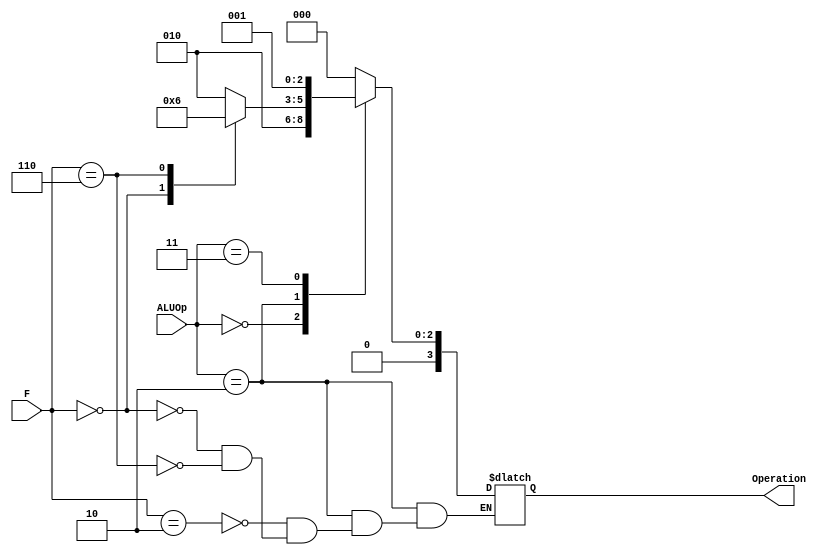
module ALU_control(ALUOp, F, Operation);

input [1:0] ALUOp;
input [5:0] F;
output reg [3:0] Operation;

always @ (*)
begin
	// Operation[0] = ALUOp[1] & (F[3] | F[0]);
	// Operation[1] = !(ALUOp[1] & F[2]);
	// Operation[2] = (!ALUOp[1] & ALUOp[0]) | (ALUOp[1] & F[1] & !ALUOp[0]);
	// Operation[3] = 1'b0;
	// if (ALUOp == 2'b11) Operation = 4'd1; // To accommodate the ORI instruction

	case (ALUOp)
		2'b00: Operation = 4'b0010; // LW and SW
		2'b10:begin
			case (F)
				6'b000010: Operation = 4'b0010; // ADD
				6'b000000: Operation = 4'b0000; // XOR
				6'b000110: Operation = 4'b0110; // SUB
            endcase
			end // R Type
		2'b11: Operation = 4'b0001; // ORI
		default: Operation = 4'b0000;
	endcase
end
 
endmodule